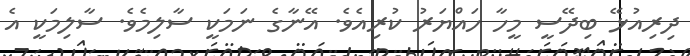
ދިރިއުޅޭ ބިދޭސީ މީހާ ހައްޔަރު ކުރިއެވެ. އޭނާގެ ނަމަކީ ސާލިމެވެ. ސާލިމަކީ އެ